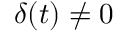
\boldsymbol { \delta } ( t ) \neq \boldsymbol { 0 }